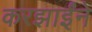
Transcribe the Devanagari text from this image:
करझाईंने